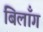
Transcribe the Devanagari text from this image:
बिलाँग